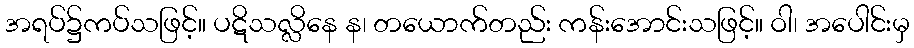
အရပ်၌ကပ်သဖြင့်။ ပဋိသလ္လိနေ န၊ တယောက်တည်း ကန်းအောင်းသဖြင့်။ ဝါ၊ အပေါင်းမှ